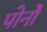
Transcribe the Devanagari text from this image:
पोर्नो